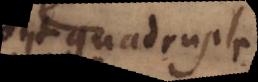
est quadruple